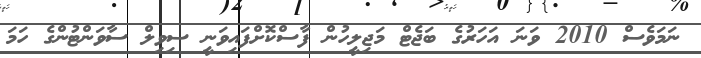
ނަމަވެސް 2010 ވަނަ އަހަރުގެ ބަޖެޓް މަޖިލީހުން ފާސްކޮށްފައިވަނީ ސިވިލް ސާވަންޓުންގެ ހަމަ